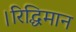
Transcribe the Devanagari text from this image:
।रिद्धिमान